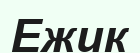
Ежик